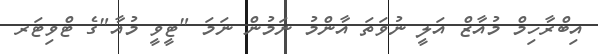
އިބްރާހިމް މުއާޒް އަލީ ނުވަތަ އާންމު ނަމުން ނަމަ "ޓީވީ މުއާ"ގެ ޓްވިޓަރ